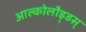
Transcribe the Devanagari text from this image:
आल्कोलौइ्डस्